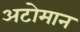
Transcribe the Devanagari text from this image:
अटोमान